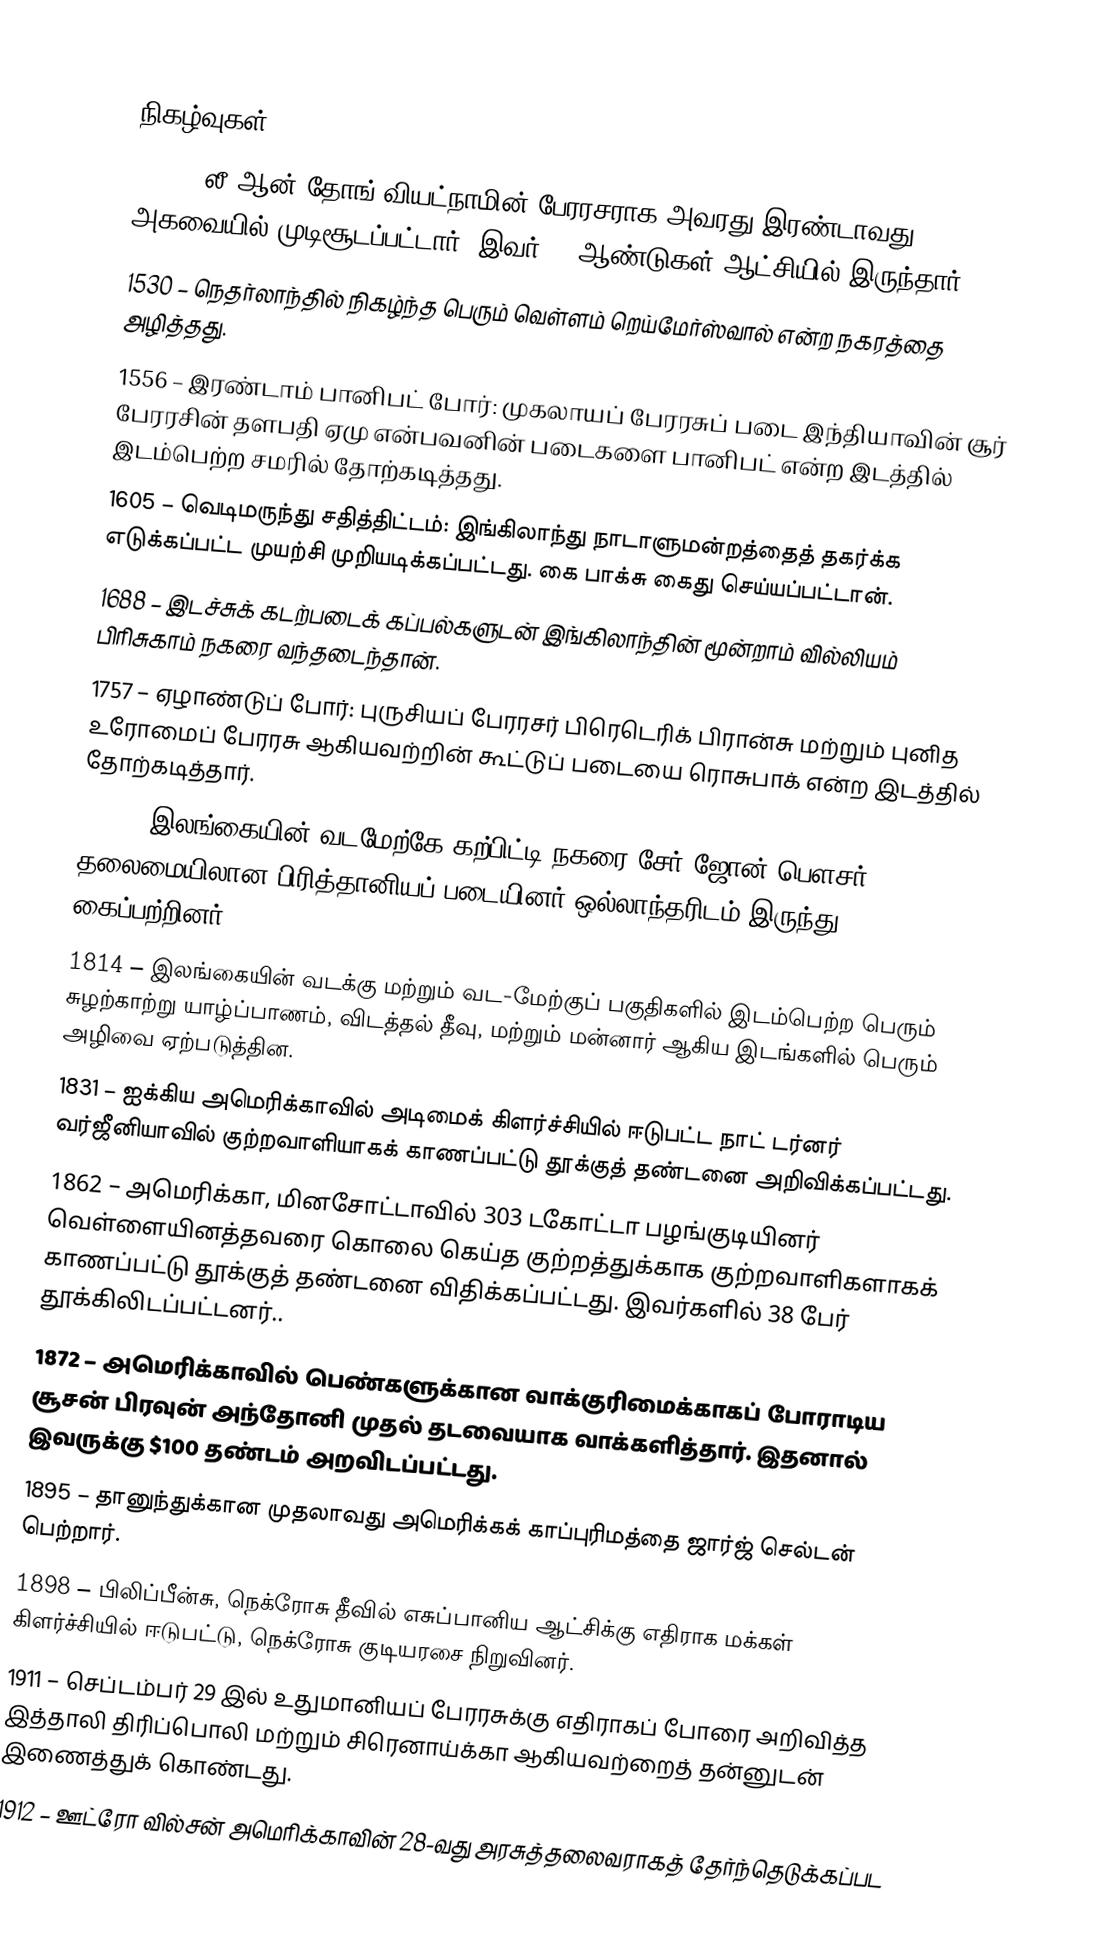

நிகழ்வுகள்
1138 – லீ ஆன் தோங் வியட்நாமின் பேரரசராக அவரது இரண்டாவது அகவையில் முடிசூடப்பட்டார். இவர் 37 ஆண்டுகள் ஆட்சியில் இருந்தார்.
1530 – நெதர்லாந்தில் நிகழ்ந்த பெரும் வெள்ளம் றெய்மேர்ஸ்வால் என்ற நகரத்தை அழித்தது.
1556 – இரண்டாம் பானிபட் போர்: முகலாயப் பேரரசுப் படை இந்தியாவின் சூர் பேரரசின் தளபதி ஏமு என்பவனின் படைகளை பானிபட் என்ற இடத்தில் இடம்பெற்ற சமரில் தோற்கடித்தது.
1605 – வெடிமருந்து சதித்திட்டம்: இங்கிலாந்து நாடாளுமன்றத்தைத் தகர்க்க எடுக்கப்பட்ட முயற்சி முறியடிக்கப்பட்டது. கை பாக்சு கைது செய்யப்பட்டான்.
1688 – இடச்சுக் கடற்படைக் கப்பல்களுடன் இங்கிலாந்தின் மூன்றாம் வில்லியம் பிரிசுகாம் நகரை வந்தடைந்தான்.
1757 – ஏழாண்டுப் போர்: புருசியப் பேரரசர் பிரெடெரிக் பிரான்சு மற்றும் புனித உரோமைப் பேரரசு ஆகியவற்றின் கூட்டுப் படையை ரொசுபாக் என்ற இடத்தில் தோற்கடித்தார்.
1795 – இலங்கையின் வடமேற்கே கற்பிட்டி நகரை சேர் ஜோன் பௌசர் தலைமையிலான பிரித்தானியப் படையினர் ஒல்லாந்தரிடம் இருந்து கைப்பற்றினர்.
1814 – இலங்கையின் வடக்கு மற்றும் வட-மேற்குப் பகுதிகளில் இடம்பெற்ற பெரும் சுழற்காற்று யாழ்ப்பாணம், விடத்தல் தீவு, மற்றும் மன்னார் ஆகிய இடங்களில் பெரும் அழிவை ஏற்படுத்தின.
1831 – ஐக்கிய அமெரிக்காவில் அடிமைக் கிளர்ச்சியில் ஈடுபட்ட நாட் டர்னர் வர்ஜீனியாவில் குற்றவாளியாகக் காணப்பட்டு தூக்குத் தண்டனை அறிவிக்கப்பட்டது.
1862 – அமெரிக்கா, மினசோட்டாவில் 303 டகோட்டா பழங்குடியினர் வெள்ளையினத்தவரை கொலை கெய்த குற்றத்துக்காக குற்றவாளிகளாகக் காணப்பட்டு தூக்குத் தண்டனை விதிக்கப்பட்டது. இவர்களில் 38 பேர் தூக்கிலிடப்பட்டனர்..
1872 – அமெரிக்காவில் பெண்களுக்கான வாக்குரிமைக்காகப் போராடிய சூசன் பிரவுன் அந்தோனி முதல் தடவையாக வாக்களித்தார். இதனால் இவருக்கு $100 தண்டம் அறவிடப்பட்டது.
1895 – தானுந்துக்கான முதலாவது அமெரிக்கக் காப்புரிமத்தை ஜார்ஜ் செல்டன் பெற்றார்.
1898 – பிலிப்பீன்சு, நெக்ரோசு தீவில் எசுப்பானிய ஆட்சிக்கு எதிராக மக்கள் கிளர்ச்சியில் ஈடுபட்டு, நெக்ரோசு குடியரசை நிறுவினர்.
1911 – செப்டம்பர் 29 இல் உதுமானியப் பேரரசுக்கு எதிராகப் போரை அறிவித்த இத்தாலி திரிப்பொலி மற்றும் சிரெனாய்க்கா ஆகியவற்றைத் தன்னுடன் இணைத்துக் கொண்டது.
1912 – ஊட்ரோ வில்சன் அமெரிக்காவின் 28-வது அரசுத்தலைவராகத் தேர்ந்தெடுக்கப்பட